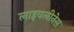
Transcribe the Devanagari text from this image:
लाइवलीनेस